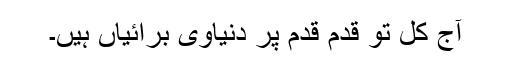
آج کل تو قدم قدم پر دنیاوی برائیاں ہیں۔